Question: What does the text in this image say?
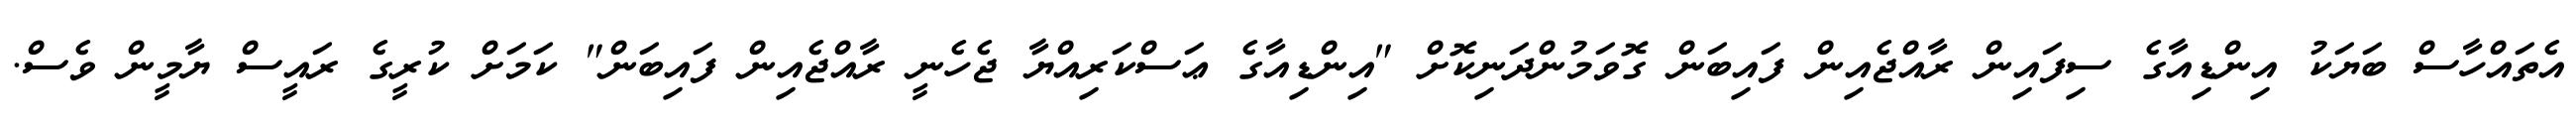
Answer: އެތައްހާސް ބަޔަކު އިންޑިއާގެ ސިފައިން ރާއްޖެއިން ފައިބަން ގޮވަމުންދަނިކޮށް "އިންޑިއާގެ ޢަސްކަރިއްޔާ ޖެހެނީ ރާއްޖެއިން ފައިބަން" ކަމަށް ކުރީގެ ރައީސް ޔާމީން ވެސް.